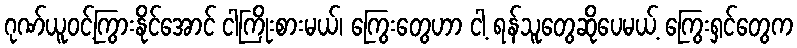
ဂုဏ်ယူဝင့်ကြွားနိုင်အောင် ငါကြိုးစားမယ်၊ ကြွေးတွေဟာ ငါ့ ရန်သူတွေဆိုပေမယ့် ကြွေးရှင်တွေက